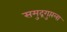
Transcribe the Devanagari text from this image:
समुद्रगुप्तला